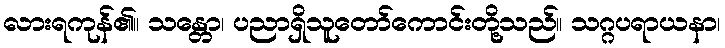
လားရကုန်၏။ သန္တော၊ ပညာရှိသူတော်ကောင်းတို့သည်။ သဂ္ဂပရာယနာ၊